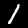
Digit: 1